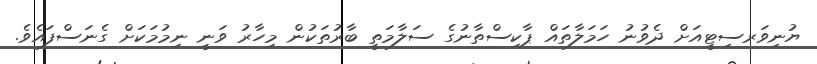
ޔުނިވަރސިޓީއަށް ދެވުނު ހަމަލާތައް ޕާކިސްތާނުގެ ސަލާމަތީ ބާރުތަކުން މިހާރު ވަނީ ނިމުމަކަށް ގެނަސްފައެވެ.